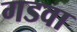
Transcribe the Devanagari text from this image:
गडवा